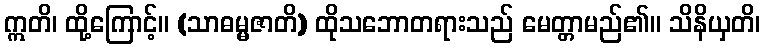
ဣတိ၊ ထို့ကြောင့်။ (သာဓမ္မဇာတိ) ထိုသဘောတရားသည် မေတ္တာမည်၏။ သိနိယှတိ၊